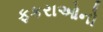
ફકરાઓનો